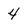
Character: 4